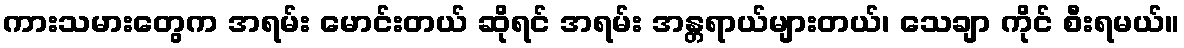
ကားသမားတွေက အရမ်း မောင်းတယ် ဆိုရင် အရမ်း အန္တရာယ်များတယ်၊ သေချာ ကိုင် စီးရမယ်။